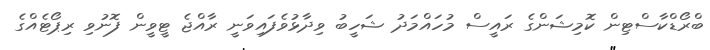
ބްރޯޑްކާސްޓިން ކޮމިޝަންގެ ރައީސް މުހައްމަދު ޝަހީބު ވިދާޅުވެފައިވަނީ ރާއްޖެ ޓީވީން ފޮނުވި ރިޕޯޓެއްގެ